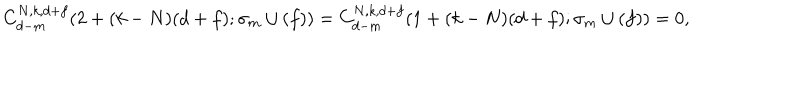
LaTeX: C _ { d - m } ^ { N , k , d + f } ( 2 + ( k - N ) ( d + f ) ; \sigma _ { m } \cup ( f ) ) = C _ { d - m } ^ { N , k , d + f } ( 1 + ( k - N ) ( d + f ) ; \sigma _ { m } \cup ( f ) ) = 0 ,